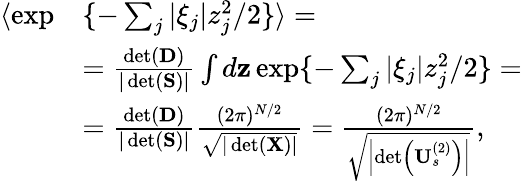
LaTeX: \begin{array}{rl}{\langle\exp}&{\{ -\sum_{j}|\xi_{j}|z_{j}^{2}/2\} \rangle=}\\ &{=\frac{\operatorname*{det}(\mathbf{D})}{|\operatorname*{det}(\mathbf{S})|}\int d\mathbf{z}\exp\{ -\sum_{j}|\xi_{j}|z_{j}^{2}/2\} =}\\ &{=\frac{\operatorname*{det}(\mathbf{D})}{|\operatorname*{det}(\mathbf{S})|}\frac{(2\pi)^{N/2}}{\sqrt{|\operatorname*{det}(\mathbf{X})|}}=\frac{(2\pi)^{N/2}}{\sqrt{\left|\operatorname*{det}\left(\mathbf{U}_{s}^{(2)}\right)\right|}},}\end{array}